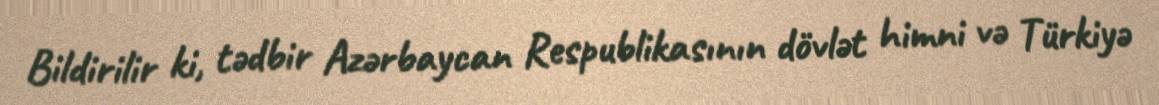
Bildirilir ki, tədbir Azərbaycan Respublikasının dövlət himni və Türkiyə